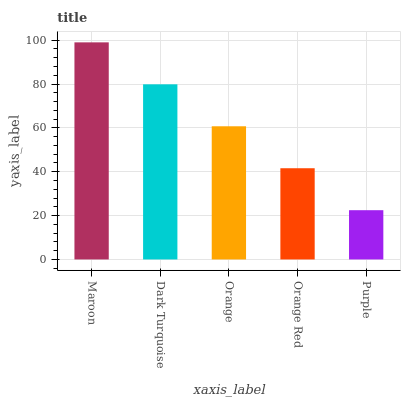
| xaxis_label | bars |
 | --- | --- |
 | Maroon | 99 |
 | Dark Turquoise | 79.9 |
 | Orange | 60.7 |
 | Orange Red | 41.6 |
 | Purple | 22.5 |